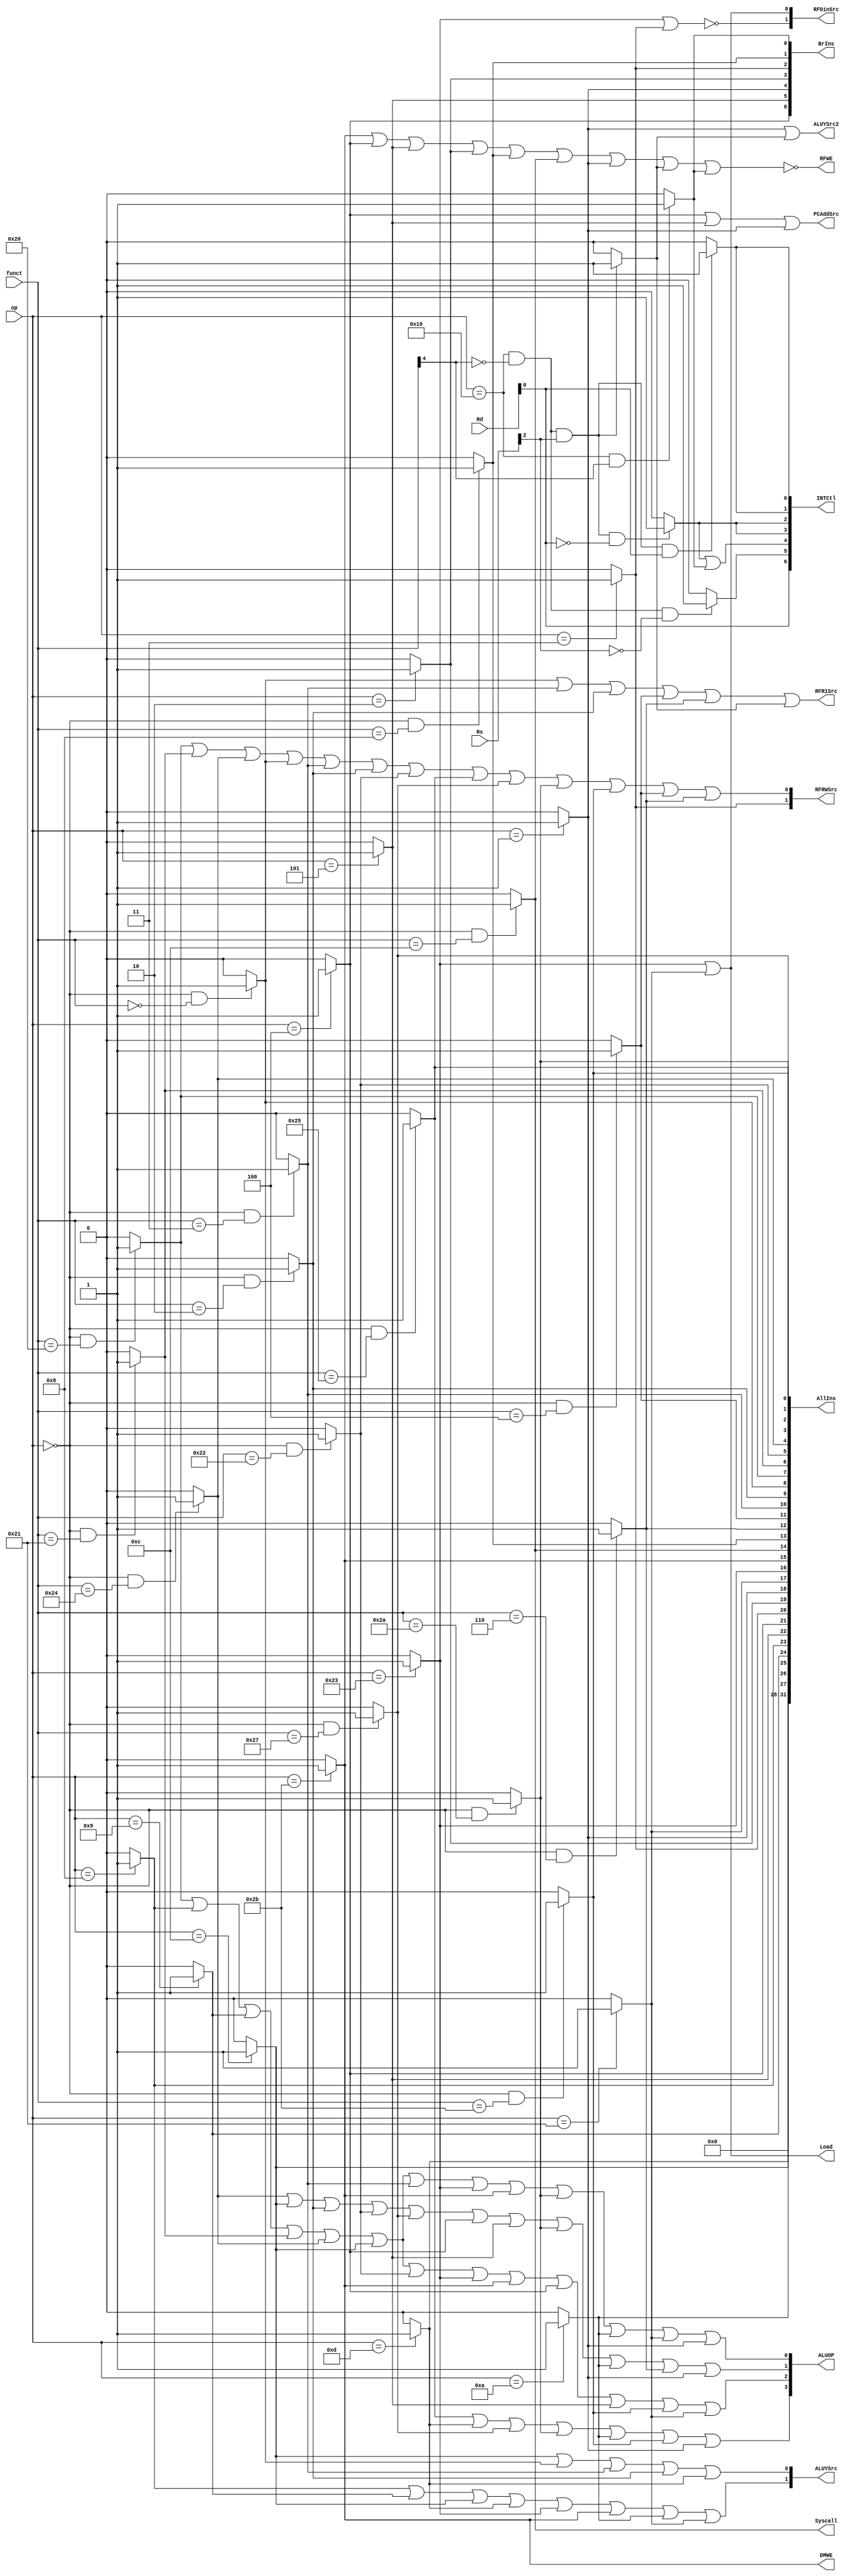
`timescale 1ns / 1ps
//////////////////////////////////////////////////////////////////////////////////
// Company:
// Engineer:
//
// Design Name:
// Module Name: pipeline_controller
// Project Name:
// Target Devices:
// Tool Versions:
// Description:
//
// Dependencies:
//
// Revision:
// Revision 0.01 - File Created
// Additional Comments:
//
//////////////////////////////////////////////////////////////////////////////////


module pipeline_controller(
    input [5:0] op,
    input [5:0] funct,
    input [4:0] Rs,
    input [4:0] Rd,
    output PCAddSrc,
    output RFR1Src,
    output [1:0] RFRWSrc,
    output [1:0] RFDinSrc,
    output RFWE,
    output [1:0] ALUYSrc,
    output ALUYSrc2,
    output [3:0] ALUOP,
    output DMWE,
    output Syscall,
    output Load,
    output [6:0] INTCtl,
    output [6:0] BrIns,
    output [31:0] AllIns
    );
    wire ins_ori, ins_andi, ins_slti, ins_addiu, ins_addi, ins_bne, ins_beq, ins_jal, ins_j, ins_bgez, ins_lh, ins_lw, ins_sw;
    wire ins_syscall, ins_jr, ins_srlv, ins_sllv, ins_sra, ins_srl, ins_sll, ins_add, ins_addu, ins_sub, ins_and, ins_or, ins_nor, ins_slt, ins_sltu;
    wire ins_eret, ins_mfc0, ins_mtc0, ins_mtc00, ins_mtc01;

    assign ins_ori = (op == 6'hd) ? 1 : 0;
    assign ins_andi = (op == 6'hc) ? 1 : 0;
    assign ins_slti = (op == 6'ha) ? 1 : 0;
    assign ins_addiu = (op == 6'h9) ? 1 : 0;
    assign ins_addi = (op == 6'h8) ? 1 : 0;
    assign ins_bne = (op == 6'h5) ? 1 : 0;
    assign ins_beq = (op == 6'h4) ? 1 : 0;
    assign ins_jal = (op == 6'h3) ? 1 : 0;
    assign ins_j = (op == 6'h2) ? 1 : 0;
    assign ins_bgez = (op == 6'h1) ? 1 : 0;
    assign ins_lh = (op == 6'h21) ? 1 : 0;
    assign ins_lw = (op == 6'h23) ? 1 : 0;
    assign ins_sw = (op == 6'h2b) ? 1 : 0;

    assign ins_syscall = (op == 6'h0 && funct == 6'hc) ? 1 : 0;
    assign ins_jr = (op == 6'h0 && funct == 6'h8) ? 1 : 0;
    assign ins_srlv = (op == 6'h0 && funct == 6'h6) ? 1 : 0;
    assign ins_sllv = (op == 6'h0 && funct == 6'h4) ? 1 : 0;
    assign ins_sra = (op == 6'h0 && funct == 6'h3) ? 1 : 0;
    assign ins_srl = (op == 6'h0 && funct == 6'h2) ? 1 : 0;
    assign ins_sll = (op == 6'h0 && funct == 6'h0) ? 1 : 0;
    assign ins_add = (op == 6'h0 && funct == 6'h20) ? 1 : 0;
    assign ins_addu = (op == 6'h0 && funct == 6'h21) ? 1 : 0;
    assign ins_sub = (op == 6'h0 && funct == 6'h22) ? 1 : 0;
    assign ins_and = (op == 6'h0 && funct == 6'h24) ? 1 : 0;
    assign ins_or = (op == 6'h0 && funct == 6'h25) ? 1 : 0;
    assign ins_nor = (op == 6'h0 && funct == 6'h27) ? 1 : 0;
    assign ins_slt = (op == 6'h0 && funct == 6'h2a) ? 1 : 0;
    assign ins_sltu = (op == 6'h0 && funct == 6'h2b) ? 1 : 0;

    assign ins_eret = (op == 6'h10 && funct[4] == 1'h1) ? 1 : 0;
    assign ins_mfc0 = (op == 6'h10 && funct[4] == 1'h0 && Rs[2] == 1'h0) ? 1 : 0;
    assign ins_mtc0 = (op == 6'h10 && funct[4] == 1'h0 && Rs[2] == 1'h1) ? 1 : 0;
    assign ins_mtc00 = (op == 6'h10 && funct[4] == 1'h0 && Rs[2] == 1'h1 && Rd[0] == 0) ? 1 : 0;
    assign ins_mtc01 = (op == 6'h10 && funct[4] == 1'h0 && Rs[2] == 1'h1 && Rd[0] == 1) ? 1 : 0;

    assign INTCtl = {Rd[0], ins_mfc0, ins_mtc00 | ins_eret, ins_mtc00, ins_mtc00, ins_mtc01, ins_mtc01};

    assign BrIns = {ins_beq, ins_bne, ins_bgez, ins_j, ins_jal, ins_jr, ins_eret};
    assign Load = ins_lw | ins_lh;
    assign AllIns = {{4{1'h0}}, ins_ori, ins_andi, ins_slti, ins_addiu, ins_addi, ins_bne, ins_beq, ins_jal, ins_j, ins_bgez, ins_lh, ins_lw, ins_sw,
                                ins_syscall, ins_jr, ins_srlv, ins_sllv, ins_sra, ins_srl, ins_sll, ins_add, ins_addu, ins_sub, ins_and, ins_or, ins_nor, ins_slt, ins_sltu};
    assign PCAddSrc = ins_beq | ins_bne | ins_bgez;
    assign RFR1Src = ins_sll | ins_sra | ins_srl | ins_sllv | ins_srlv | ins_mtc0;
    assign RFRWSrc = {ins_jal, ins_add | ins_addu | ins_and | ins_sll | ins_sra | ins_srl | ins_sub | ins_or | ins_nor | ins_slt | ins_sltu | ins_sllv | ins_srlv};
    assign RFDinSrc = {~(ins_lw | ins_jal), (ins_lw | ins_lh)};
    assign RFWE = ~(ins_sw | ins_beq | ins_bne | ins_j | ins_jr | ins_syscall | ins_bgez | ins_mtc0 | ins_eret);
    assign ALUYSrc = {ins_addi | ins_addiu | ins_andi | ins_ori | ins_lw | ins_sw | ins_slti | ins_lh, ins_andi | ins_sll | ins_sra | ins_srl | ins_ori};
    assign ALUYSrc2 = ins_bgez | ins_mtc0;
    assign ALUOP[3] = ins_or | ins_ori | ins_nor | ins_slt | ins_slti | ins_sltu | ins_bgez;
    assign ALUOP[2] = ins_add | ins_addi | ins_addiu | ins_addu | ins_and | ins_andi | ins_sub | ins_lw | ins_sw | ins_beq | ins_bne | ins_sltu | ins_lh;
    assign ALUOP[1] = ins_and | ins_andi | ins_srl | ins_sub | ins_nor | ins_beq | ins_bne | ins_slt | ins_slti | ins_srlv | ins_bgez;
    assign ALUOP[0] = ins_add | ins_addi | ins_addiu | ins_addu | ins_and | ins_andi | ins_sra | ins_lw | ins_sw | ins_slt | ins_slti | ins_lh | ins_bgez;
    assign DMWE = ins_sw;
    assign Syscall = ins_syscall;
endmodule